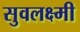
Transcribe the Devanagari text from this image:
सुवलक्ष्मी